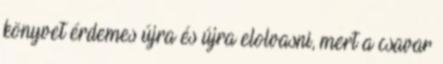
könyvet érdemes újra és újra elolvasni, mert a csavar